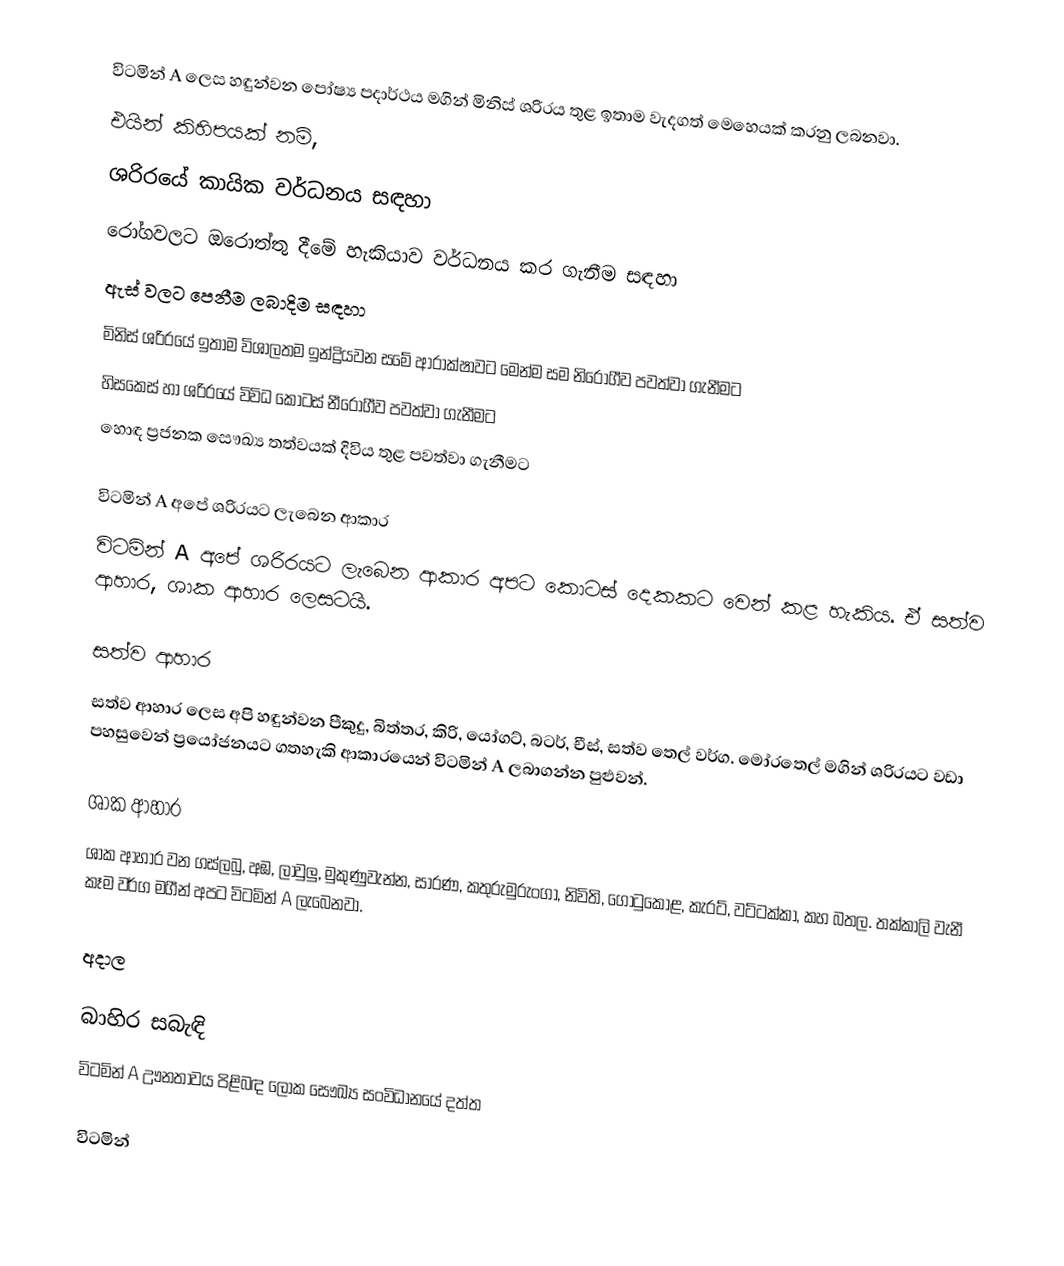
විටමින් A ලෙස හඳුන්වන පෝෂ්‍ය පදාර්ථය මගින් මිනිස් ශරිරය තුළ ඉතාම වැදගත් මෙහෙයක් කරනු ලබනවා.
එයින් කිහිපයක් නම්,
ශරිරයේ කායික වර්ධනය සඳහා
රෝගවලට ඔරොත්තු දීමේ හැකියාව වර්ධනය කර ගැනීම සඳහා
ඇස් වලට පෙනීම ලබාදිම සඳහා
මිනිස් ශරිරයේ ඉතාම විශාලතම ඉන්ද්‍රියවන සමේ ආරාක්ෂාවට මෙන්ම සම නිරෝගීව පවත්වා ගැනීමට
හිසකෙස් හා ශරිරයේ විවිධ කොටස් නීරෝගීව පවත්වා ගැනීමට
හොඳ ප්‍රජනක සෞඛ්‍ය තත්වයක් දිවිය තුළ පවත්වා ගැනීමට

විටමින් A අපේ ශරිරයට ලැබෙන ආකාර
විටමින් A අපේ ශරිරයට ලැබෙන ආකාර අපට කොටස් දෙකකට වෙන් කළ හැකිය. ඒ සත්ව ආහාර, ශාක ආහාර ලෙසටයි.

සත්ව ආහාර
සත්ව ආහාර ලෙස අපි හඳුන්වන පීකුදු, බිත්තර, කිරි, යෝගට්, බටර්, චීස්, සත්ව තෙල් වර්ග. මෝරතෙල් මගින් ශරිරයට වඩා පහසුවෙන් ප්‍රයෝජනයට ගතහැකි ආකාරයෙන් විටමින් A ලබාගන්න පුළුවන්.

ශාක ආහාර
ශාක ආහාර වන ගස්ලබු, අඹ, ලාවුලු, මුකුණුවැන්න, සාරණ, කතුරුමුරුංගා, නිවිති, ගොටුකොළ, කැරට්, වට්ටක්කා, කහ බතල. තක්කාලි වැනී කෑම වර්ග මගීන් අපට විටමින් A ලැබෙනවා.

අදාල

බාහිර සබැඳි
 විටමින් A ඌනතාවය පිළිබඳ ලෝක සෞඛ්‍ය සංවිධානයේ දත්ත

විටමින්